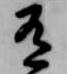
有